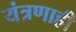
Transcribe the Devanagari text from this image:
यंत्रणाही